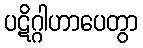
ပဋိဂ္ဂါဟာပေတွာ